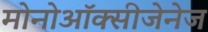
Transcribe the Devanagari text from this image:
मोनोऑक्सीजेनेज